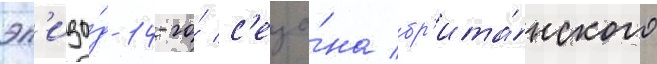
эп'изо́д 14-го́ с'езо́на бр'ита́нского